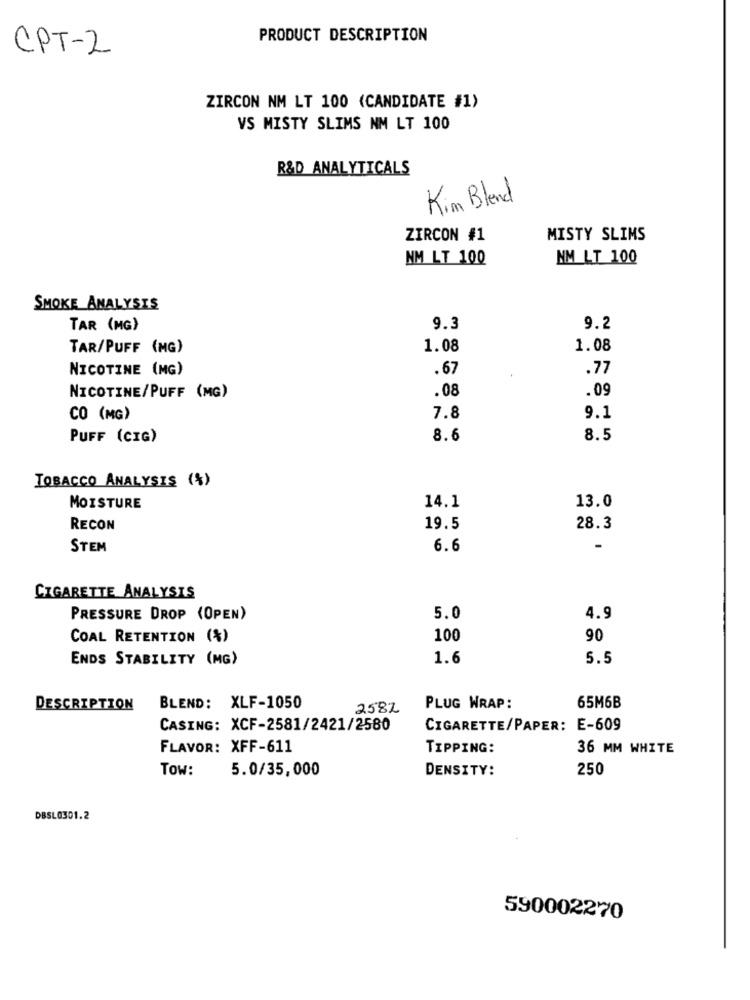
PRODUCT DESCRIPTION
CPT-2
ZIRCON NM LT 100 (CANDIDATE #1)
VS MISTY SLIMS NM LT 100
R&D ANALYTICALS
Kim Blend
ZIRCON #1
MISTY SLIMS
NM LT 100
NM_LT 100
SMOKE ANALYSIS
TAR (MG)
9.3
9.2
TAR/PUFF (MG)
1.08
1.08
NICOTINE (MG)
.67
.77
NICOTINE/PUFF (MG)
.08
.09
CO (MG)
7.8
9.1
PUFF (CIG)
8.6
8.5
TOBACCO ANALYSIS (%)
14.1
13.0
MOISTURE
RECON
19.5
28.3
STEM
6.6
CIGARETTE ANALYSTS
PRESSURE DROP (OPEN)
5.0
4.9
COAL RETENTION (%)
100
90
ENDS STABILITY (MG)
1.6
5.5
DESCRIPTION
BLEND: XLF-1050
2582
PLUG WRAP:
65M6B
CASING: XCF-2581/2421/2580
CIGARETTE/PAPER: E-609
FLAVOR: XFF-611
TIPPING:
36 MM WHITE
Tow:
5.0/35,000
DENSITY:
250
DBSL0301.2
590002270